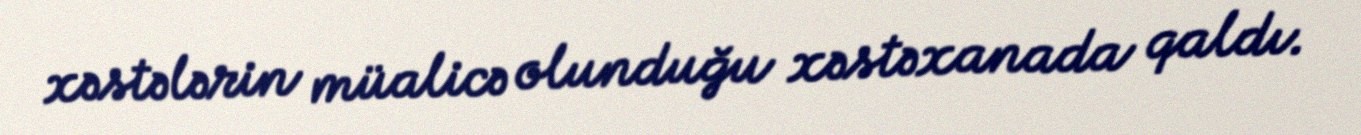
xəstələrin müalicə olunduğu xəstəxanada qaldı.